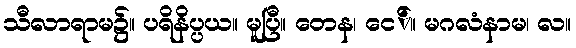
သီလာရာမ၌။ ပရိနိပ္ပယ။ မူပြီ။ တေန၊ ငေ်။ မဂလံနာမ၊ လ။